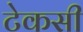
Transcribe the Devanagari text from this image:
टेकसी